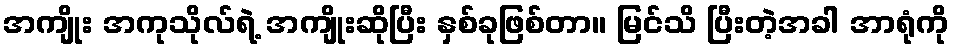
အကျိုး အကုသိုလ်ရဲ့ အကျိုးဆိုပြီး နှစ်ခုဖြစ်တာ။ မြင်သိ ပြီးတဲ့အခါ အာရုံကို